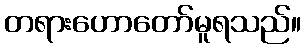
တရားဟောတော်မူရသည်။